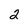
Character: 2